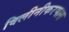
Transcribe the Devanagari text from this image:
विलीनीकरणास